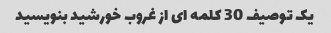
یک توصیف 30 کلمه ای از غروب خورشید بنویسید